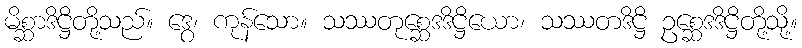
မိစ္ဆာဒိဋ္ဌိတို့သည်။ ဒွေ၊ ကုန်သော။ သဿတုစ္ဆေဒဒိဋ္ဌိယော၊ သဿတဒိဋ္ဌိ ဥစ္ဆေဒဒိဋ္ဌိတို့သို့။